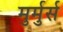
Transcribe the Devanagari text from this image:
मुर्मुर्स